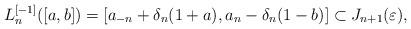
LaTeX: \begin{align*}L_n^{[-1]}([a, b])=[a_{-n}+\delta_n(1+a), a_n-\delta_n(1-b)]\subset J_{n+1}(\varepsilon),\end{align*}